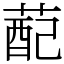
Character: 蓜